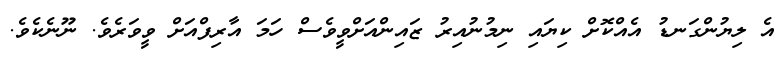
އެ ލިޔުންގަނޑު އެއްކޮށް ކިޔައި ނިމުނުއިރު ޒައިންއަށްވީވެސް ހަމަ އާރިފްއަށް ވީވަރެވެ. ނޫނެކެވެ.